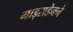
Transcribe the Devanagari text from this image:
गाड्सडेनने